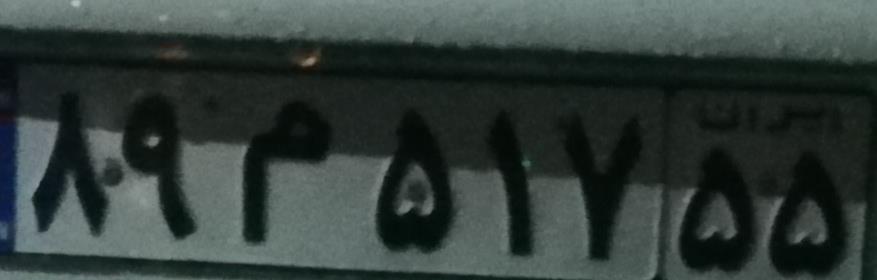
۸۹م۵۱۷۵۵